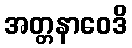
အတ္တနာဝေဒိ